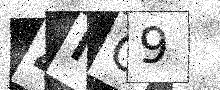
Text: 4IO9